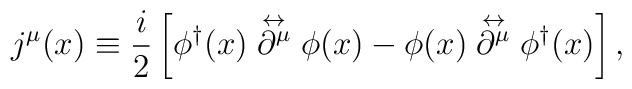
j^\mu (x) \equiv \frac{i}{2} \left[ \phi^\dagger (x) \stackrel{\leftrightarrow}{\partial^\mu} \phi (x) - \phi (x) \stackrel{\leftrightarrow}{\partial^\mu} \phi^\dagger (x) \right] ,